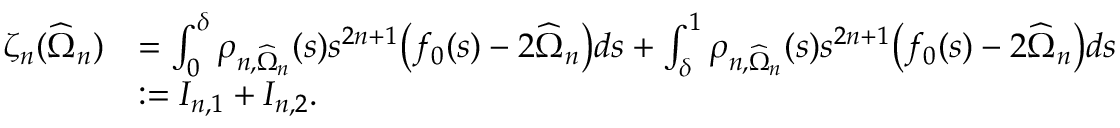
\begin{array} { r l } { \zeta _ { n } ( \widehat \Omega _ { n } ) } & { = \int _ { 0 } ^ { \delta } \rho _ { n , \widehat \Omega _ { n } } ( s ) s ^ { 2 n + 1 } \big ( f _ { 0 } ( s ) - 2 \widehat \Omega _ { n } \big ) d s + \int _ { \delta } ^ { 1 } \rho _ { n , \widehat \Omega _ { n } } ( s ) s ^ { 2 n + 1 } \big ( f _ { 0 } ( s ) - 2 \widehat \Omega _ { n } \big ) d s } \\ & { : = I _ { n , 1 } + I _ { n , 2 } . } \end{array}